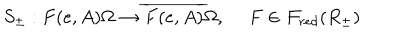
S _ { \pm } : F ( e , A ) \Omega \rightarrow \overline { { { F ( e , A ) } } } \Omega , ~ ~ F \in { \cal F } _ { r e d } ( R _ { \pm } )